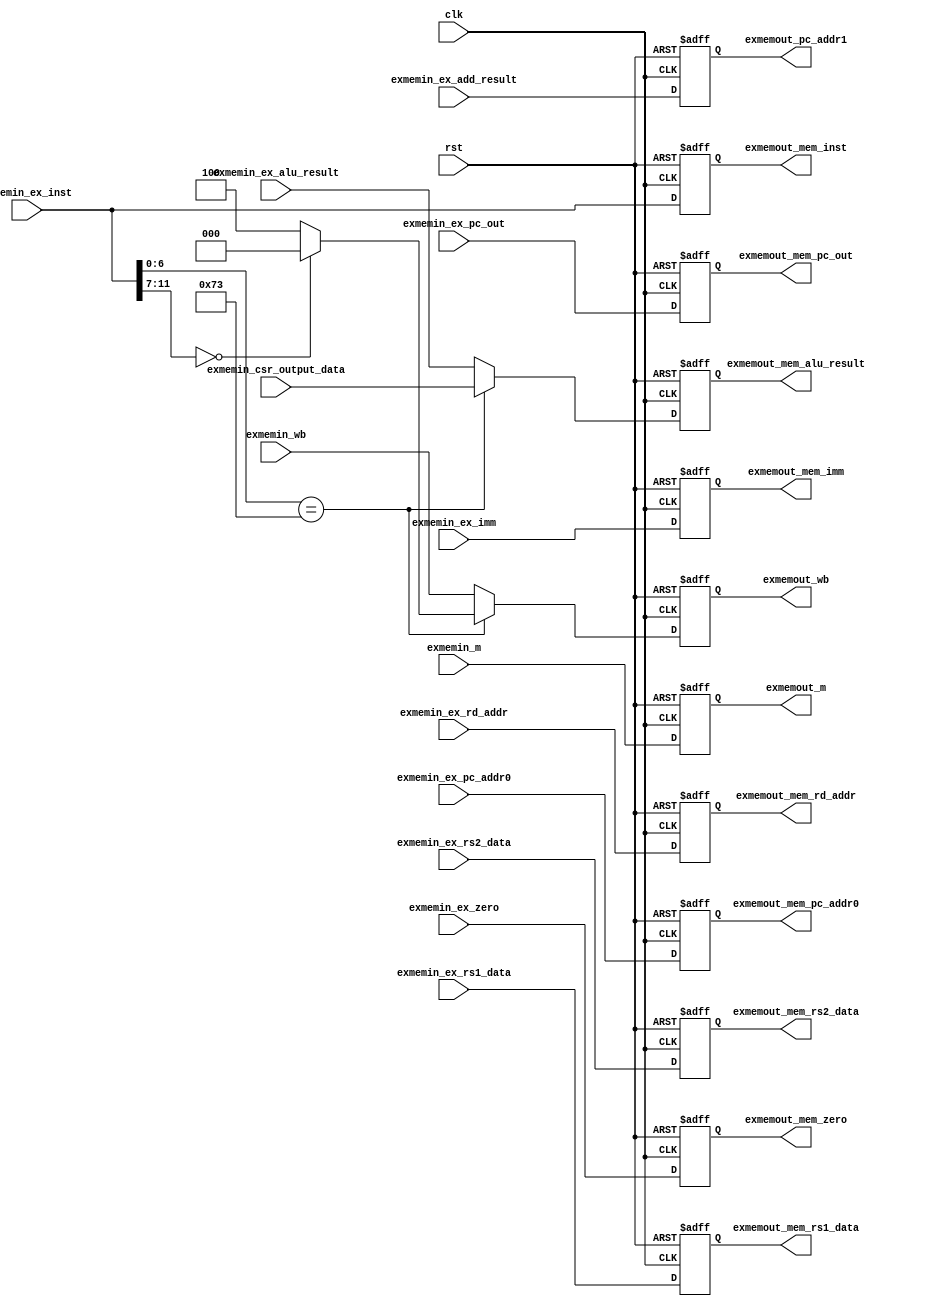
module EXMEMREG(
    input clk,
    input rst,
    input [2:0] exmemin_m,
    input [2:0] exmemin_wb,
    input [31:0] exmemin_ex_add_result,
    input exmemin_ex_zero,
    input [31:0] exmemin_ex_alu_result,
    input [31:0] exmemin_ex_rs1_data,
    input [31:0] exmemin_ex_rs2_data,
    input [4:0] exmemin_ex_rd_addr,
    input [31:0] exmemin_ex_imm,
    input [31:0] exmemin_ex_pc_addr0,
    input [31:0] exmemin_ex_inst,
    input [31:0] exmemin_ex_pc_out,
    input [31:0] exmemin_csr_output_data,

    output [2:0] exmemout_m,
    output [2:0] exmemout_wb,
    output [31:0] exmemout_pc_addr1,
    output [31:0] exmemout_mem_alu_result,
    output [31:0] exmemout_mem_rs1_data,
    output [31:0] exmemout_mem_rs2_data,
    output [4:0] exmemout_mem_rd_addr,
    output [31:0] exmemout_mem_imm,
    output [31:0] exmemout_mem_pc_addr0,
    output [31:0] exmemout_mem_inst,
    output exmemout_mem_zero,
    output [31:0] exmemout_mem_pc_out
);

    reg [2:0] exmemout_m_reg;
    reg [2:0] exmemout_wb_reg;
    reg [31:0] exmemout_pc_addr1_reg;
    reg [31:0] exmemout_mem_alu_result_reg;
    reg [31:0] exmemout_mem_rs1_data_reg;
    reg [31:0] exmemout_mem_rs2_data_reg;
    reg [4:0] exmemout_mem_rd_addr_reg;
    reg [31:0] exmemout_mem_imm_reg;
    reg [31:0] exmeout_mem_pc_addr0_reg;
    reg [31:0] exmemout_mem_inst_reg;
    reg exmeout_mem_zero_reg;
    reg [31:0] exmemout_mem_pc_out_reg;

    always @(posedge clk or posedge rst)
    begin
        if(rst)
        begin
            exmemout_m_reg <= 3'b000;
            exmemout_wb_reg <= 4'b0000;
            exmemout_pc_addr1_reg <= 32'b00000000000000000000000000000000;
            exmemout_mem_alu_result_reg <= 32'b00000000000000000000000000000000;
            exmemout_mem_rs1_data_reg <= 32'b00000000000000000000000000000000;
            exmemout_mem_rs2_data_reg <= 32'b00000000000000000000000000000000;
            exmemout_mem_rd_addr_reg <= 5'b00000;
            exmemout_mem_imm_reg <= 32'b00000000000000000000000000000000;
            exmeout_mem_pc_addr0_reg <= 32'b00000000000000000000000000000000;
            exmemout_mem_inst_reg <= 32'h00000013;
            exmeout_mem_zero_reg <= 1'b0;
            exmemout_mem_pc_out_reg <= 32'b00000000000000000000000000000000;
        end
        else
        begin
            exmemout_m_reg <= exmemin_m;
            case(exmemin_ex_inst[6:0]) 
                7'b1110011 : //  SYSTEM  WB 
                    case (exmemin_ex_inst[11:7])
                        5'b00000 : exmemout_wb_reg <= 3'b000; //  0
                        default : exmemout_wb_reg <= 3'b100; //  1, 00  alu_result
                    endcase
                default : exmemout_wb_reg <= exmemin_wb; //  SYSTEM  EXMEMIN 
            endcase
            exmemout_pc_addr1_reg <= exmemin_ex_add_result;
            case(exmemin_ex_inst[6:0]) //  SYSTEM  CSR 
                7'b1110011 : exmemout_mem_alu_result_reg <= exmemin_csr_output_data;
                default : exmemout_mem_alu_result_reg <= exmemin_ex_alu_result;
            endcase
            exmemout_mem_rs1_data_reg <= exmemin_ex_rs1_data;
            exmemout_mem_rs2_data_reg <= exmemin_ex_rs2_data;
            exmemout_mem_rd_addr_reg <= exmemin_ex_rd_addr;
            exmemout_mem_imm_reg <= exmemin_ex_imm;
            exmeout_mem_pc_addr0_reg <= exmemin_ex_pc_addr0;
            exmemout_mem_inst_reg <= exmemin_ex_inst;
            exmeout_mem_zero_reg <= exmemin_ex_zero;
            exmemout_mem_pc_out_reg <= exmemin_ex_pc_out;
        end
    end

    assign exmemout_m = exmemout_m_reg;
    assign exmemout_wb = exmemout_wb_reg;
    assign exmemout_pc_addr1 = exmemout_pc_addr1_reg;
    assign exmemout_mem_alu_result = exmemout_mem_alu_result_reg;
    assign exmemout_mem_rs1_data = exmemout_mem_rs1_data_reg;
    assign exmemout_mem_rs2_data = exmemout_mem_rs2_data_reg;
    assign exmemout_mem_rd_addr = exmemout_mem_rd_addr_reg;
    assign exmemout_mem_imm = exmemout_mem_imm_reg;
    assign exmemout_mem_pc_addr0 = exmeout_mem_pc_addr0_reg;
    assign exmemout_mem_inst = exmemout_mem_inst_reg;
    assign exmemout_mem_zero = exmeout_mem_zero_reg;
    assign exmemout_mem_pc_out = exmemout_mem_pc_out_reg;

endmodule